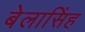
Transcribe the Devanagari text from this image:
बेलासिंह